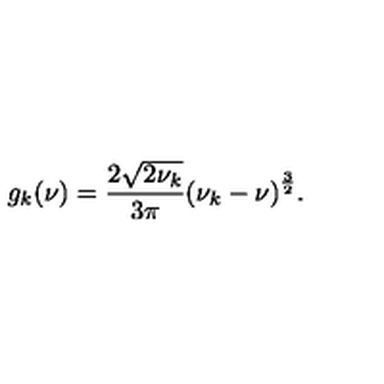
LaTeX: g _ { k } ( \nu ) = \frac { 2 { \sqrt { 2 \nu _ { k } } } } { 3 \pi } { \left( \nu _ { k } - \nu \right) } ^ { \frac { 3 } { 2 } } .